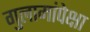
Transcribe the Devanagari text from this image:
गुलामांपेक्षा